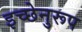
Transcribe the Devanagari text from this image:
इच्छेनुरूप